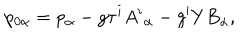
p _ { 0 \alpha } = p _ { \alpha } - g \tau ^ { i } A ^ { i } { } _ { \alpha } - g ^ { \prime } Y B _ { \alpha } ,